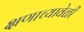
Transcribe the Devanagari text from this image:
क्षणाच्यावेळी